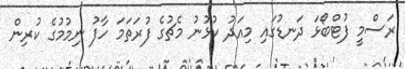
ރަސްމީ ފުޓްބޯޅަ ދަނޑުގައި މިއަދު ކުޅުނު މެޗުގެ ފުރަތަމަ ހާފު ނިމުމުގެ ކުރިން